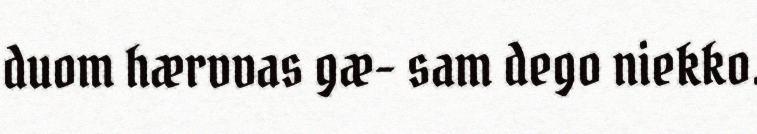
duom hærvvas gæ- sam dego niekko.